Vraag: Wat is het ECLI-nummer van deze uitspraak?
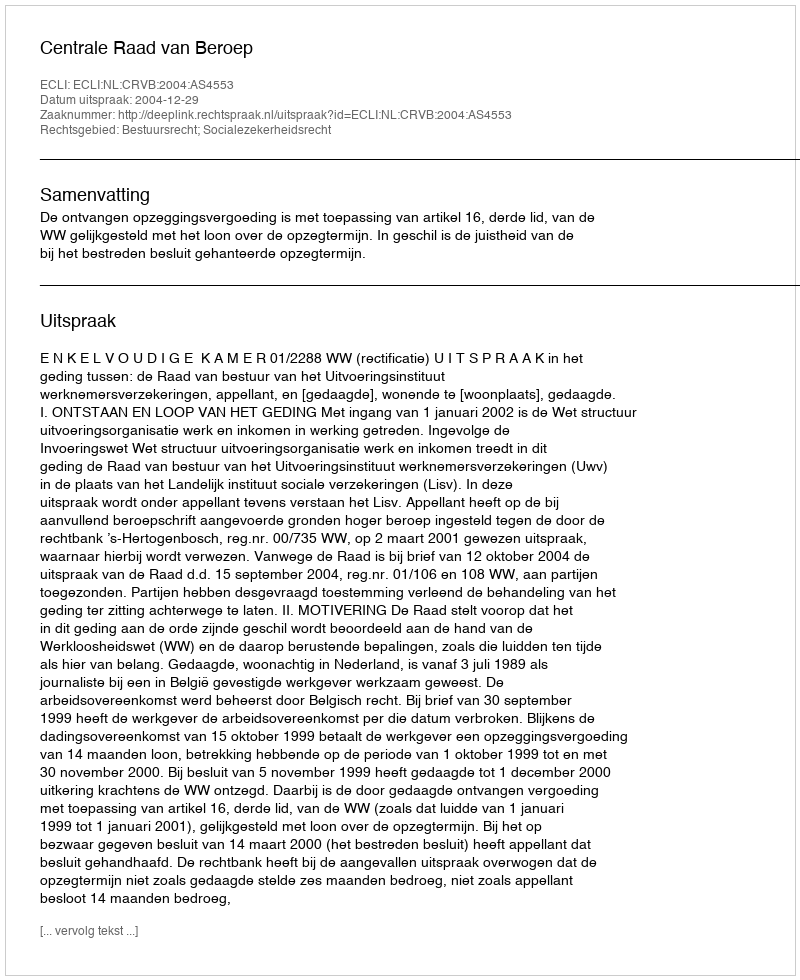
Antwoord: ECLI:NL:CRVB:2004:AS4553